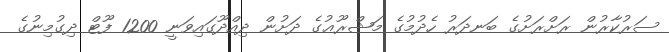
ސަރުކާރުން ރަށްރަށުގެ ބަނދަރު ހެދުމުގެ މަޝްރޫޢުގެ ދަށުން ދިއްދޫގައިވަނީ 1200 ފޫޓް ދިގުމިނުގެ